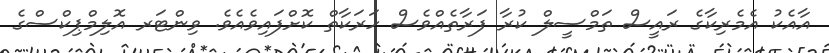
އާއެކު އެމެރިކާގެ ރައީސް ތަމްސީލް ކުރާ ފަރާތެއްވެސް ހަރަކާތް ކޮށްފައިވެއެވެ. ވިންޓަރ އޮލިމްޕިކްސްގެ